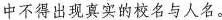
中不得出现真实的校名与人名。